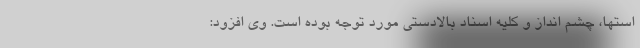
استها، چشم انداز و کلیه اسناد بالادستی مورد توجه بوده است. وی افزود: